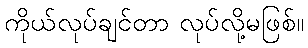
ကိုယ်လုပ်ချင်တာ လုပ်လို့မဖြစ်။